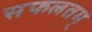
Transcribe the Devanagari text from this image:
सफलतम्